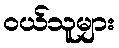
ဝယ်သူများ